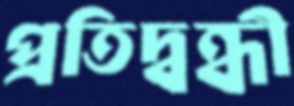
প্রতিদ্বন্ধী